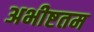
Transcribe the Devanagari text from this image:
अभीष्टतम